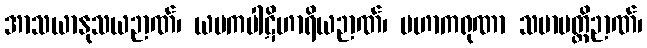
အာသယာနုသယဉာဏ်၊ ယမကပါဋိဟာရိယဉာဏ်၊ မဟာကရုဏာ သမာပတ္တိဉာဏ်၊